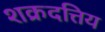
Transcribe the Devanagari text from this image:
शक्रदत्तिय